Vaccination in Burma 1920-1933 - 1920-1933
Year: 1920
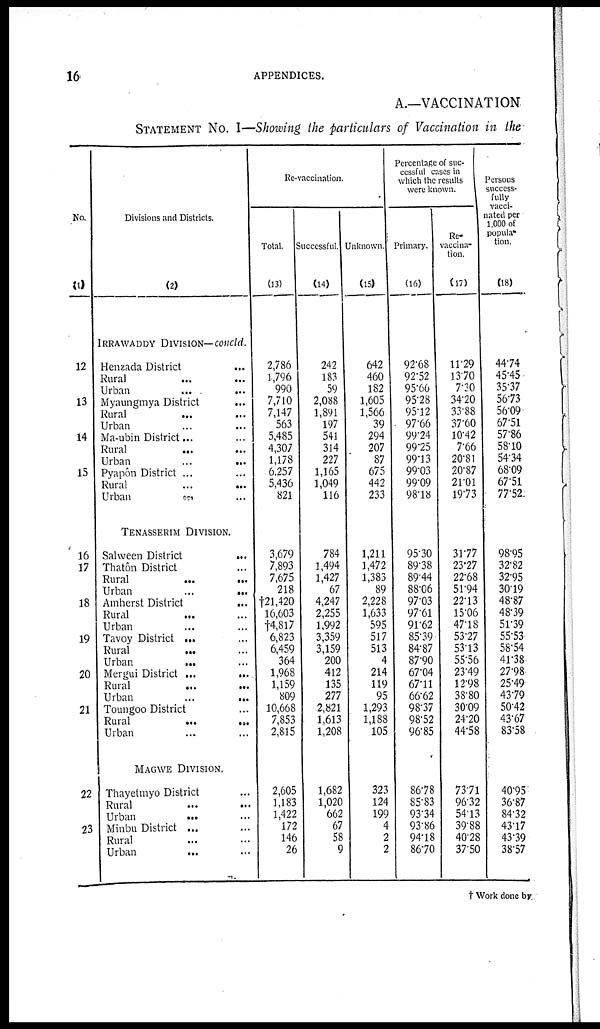
16
APPENDICES.
A.—VACCINATION
STATEMENT No. I—Showing the particulars of Vaccination in the
No.
(1)
12
13
14
15
16
17
18
19
20
21
22
23
Divisions and Districts.
(2)
IRRAWADDY DIVISION—Concld.
Henzada District
...
Rural ... ...
Urban
...
...
Myaungmya District
...
Rural ... ...
Urban ... ...
Ma-ubin District... ...
Rural
...
...
Urban
...
...
Pyapôn District ... ...
Rural
...
...
Urban
...
...
TENASSERIM DIVISION.
Salween District
...
Thatôn District ...
Rural
...
...
Urban
...
...
Amherst District
...
Rural
... ...
Urban ... ...
Tavoy District ... ...
Rural
... ...
Urban
... ...
Mergui District ...
...
Rural ... ...
Urban
...
...
Toungoo District ...
Rural
...
...
Urban ... ...
MAGWE DIVISION.
Thayetmyo District ...
Rural ... ...
Urban
... ...
Minbu District ... ...
Rural ... ...
Urban
... ...
Re-vaccination.
Total.
(13)
2,786
1,796
990
7,710
7,147
563
5,485
4,307
1,178
6,257
5,436
821
3,679
7,893
7,675
218
†21,420
16,603
†4,817
6,823
6,459
364
1,968
1,159
809
10,668
7,853
2,815
2,605
1,183
1,422
172
146
26
Successful.
(14)
242
183
59
2,088
1,891
197
541
314
227
1,165
1,049
116
784
1,494
1,427
67
4,247
2,255
1,992
3,359
3,159
200
412
135
277
2,821
1,613
1,208
1,682
1,020
662
67
58
9
Unknown.
(15)
642
460
182
1,605
1,566
39
294
207
87
675
442
233
1,211
1,472
1,383
89
2,228
1,633
595
517
513
4
214
119
95
1,293
1,188
105
323
124
199
4
2
2
Percentage of suc-
cessful cases in
which the results
were known.
Primary.
(16)
92.68
92.52
95.66
95.28
95.12
97.66
99.24
99.25
99.13
99.03
99.09
98.18
95.30
89.38
89.44
88.06
97.03
97.61
91.62
85.39
84.87
87.90
67.04
67.11
66.62
98.37
98.52
96.85
86.78
85.83
93.34
93.86
94.18
86.70
Re¬
vaccina¬
tion.
(17)
11.29
13.70
7.30
34.20
33.88
37.60
10.42
7.66
20.81
20.87
21.01
19.73
31.77
23.27
22.68
51.94
22.13
15.06
47.18
53.27
53.13
55.56
23.49
12.98
38.80
30.09
24.20
44.58
73.71
96.32
54.13
39.88
40.28
37.50
Persons
success-
fully
vacci-
nated per
1,000 of
popula¬
tion.
(18)
44.74
45.45
35.37
56.73
56.09
67.51
57.86
58.10
54.34
68.09
67.51
77.52
98.95
32.82
32.95
30.19
48.87
48.39
51.39
55.53
58.54
41.38
27.98
25.49
43.79
50.42
43.67
83.58
40.95
36.87
84.32
43.17
43.39
38.57
† Work done by